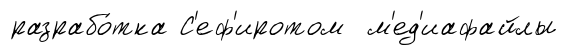
разрабо́тка С'еф'иротом м'ед'иафайлы